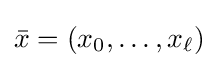
{\bar {x}}=(x_{0},\dots ,x_{\ell })